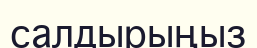
салдырыңыз